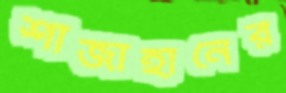
শাজাহানের